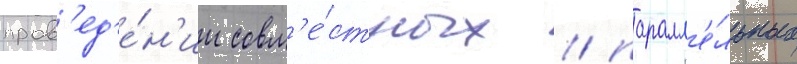
пров'ед'е́н'ии совм'е́стных / паралл'е́льных